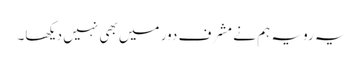
یہ رویہ ہم نے مشرف دور میں بھی نہیں دیکھا۔